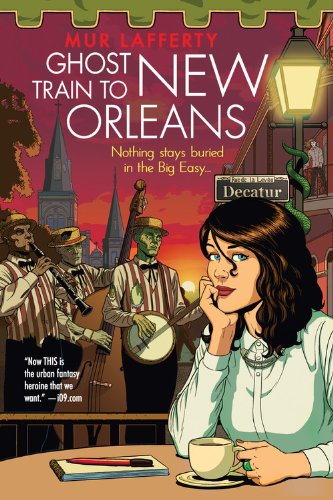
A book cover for Ghost Train to New Orleans (The Shambling Guides); Mur Lafferty; Humor & Entertainment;